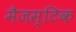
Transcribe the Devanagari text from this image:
मैजस्टिक